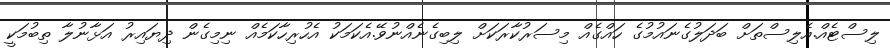
ލިސްޓެއް.އެލިސްތަށް ބަދަލުގެނައުމުގެ ހައްގެއް މިސަރުކާރަކަށް ލިބިގެނެއްނުވޭ.އެކަމަކު އެހުރިހާކަމެއް ނިމިގެން ދިޔައިރު އަޅާނުލާ ތިބުމަކީ